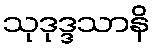
သုဒုဒ္ဒသာနိ